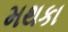
મથકા